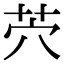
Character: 茓